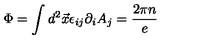
\Phi = \int d ^ { 2 } \vec { x } \epsilon _ { i j } \partial _ { i } A _ { j } = \frac { 2 \pi n } { e }